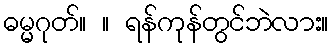
ဓမ္မဂုတ်။ ။ ရန်ကုန်တွင်ဘဲလား။